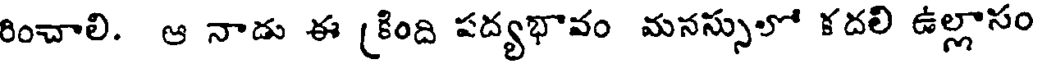
రించాలి. ఆ నాడు ఈ (కింది పద్యభావం మనస్సులో కదలి ఉల్లాసం